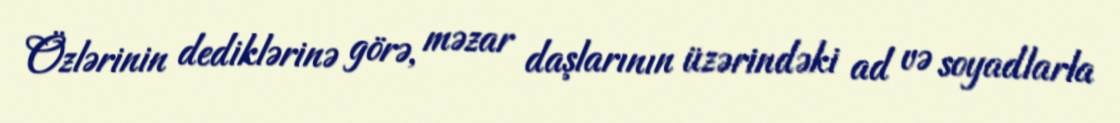
Özlərinin dediklərinə görə, məzar daşlarının üzərindəki ad və soyadlarla